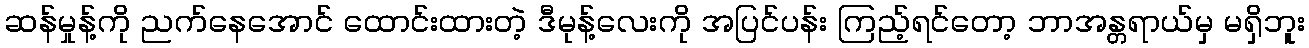
ဆန်မှုန့်ကို ညက်နေအောင် ထောင်းထားတဲ့ ဒီမုန့်လေးကို အပြင်ပန်း ကြည့်ရင်တော့ ဘာအန္တရာယ်မှ မရှိဘူး